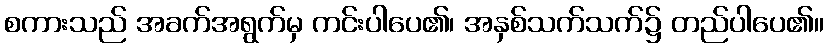
စကားသည် အခက်အရွက်မှ ကင်းပါပေ၏၊ အနှစ်သက်သက်၌ တည်ပါပေ၏။